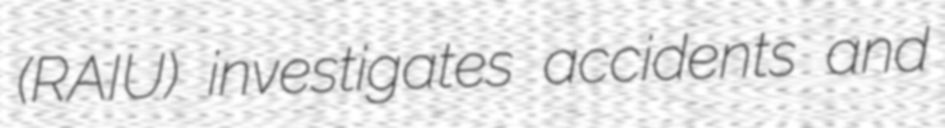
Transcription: (RAIU) investigates accidents and